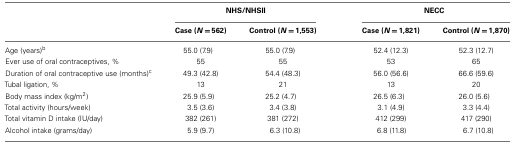
|  | <COLSPAN=2> NHS/NHSII |  | <COLSPAN=2> NECC |
 |  | Case (N = 562) | Control (N = 1,553) |  | Case (N = 1,821) | Control (N = 1,870) |
 | --- | --- | --- | --- | --- | --- |
 | Age (years)b | 55.0 (7.9) | 55.0 (7.9) |  | 52.4 (12.3) | 52.3 (12.7) |
 | Ever use of oral contraceptives, % | 55 | 55 |  | 53 | 65 |
 | Duration of oral contraceptive use (months)c | 49.3 (42.8) | 54.4 (48.3) |  | 56.0 (56.6) | 66.6 (59.6) |
 | Tubal ligation, % | 13 | 21 |  | 13 | 20 |
 | Body mass index (kg/m2) | 25.9 (5.9) | 25.2 (4.7) |  | 26.5 (6.3) | 26.0 (5.6) |
 | Total activity (hours/week) | 3.5 (3.6) | 3.4 (3.8) |  | 3.1 (4.9) | 3.3 (4.4) |
 | Total vitamin D intake (IU/day) | 382 (261) | 381 (272) |  | 412 (299) | 417 (290) |
 | Alcohol intake (grams/day) | 5.9 (9.7) | 6.3 (10.8) |  | 6.8 (11.8) | 6.7 (10.8) |